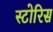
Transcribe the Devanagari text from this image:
स्टोरिस